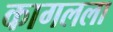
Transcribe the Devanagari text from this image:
कागलला